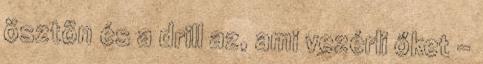
ösztön és a drill az, ami vezérli őket –